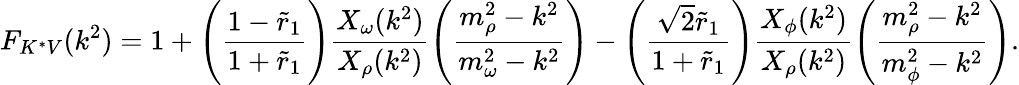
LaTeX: F_{K^{*}V}(k^{2})=1+\Biggl({\frac{1-\tilde{r}_{1}}{1+\tilde{r}_{1}}}\Biggr){\frac{X_{\omega}(k^{2})}{X_{\rho}(k^{2})}}\Biggl({\frac{m_{\rho}^{2}-k^{2}}{m_{\omega}^{2}-k^{2}}}\Biggr)-\Biggl({\frac{\sqrt{2}\tilde{r}_{1}}{1+\tilde{r}_{1}}}\Biggr){\frac{X_{\phi}(k^{2})}{X_{\rho}(k^{2})}}\Biggl({\frac{m_{\rho}^{2}-k^{2}}{m_{\phi}^{2}-k^{2}}}\Biggr).